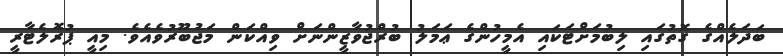
ބަދަލެއްގެ ގޮތުގައި ލިބުމަށްޓަކައި އެމީހުންގެ ޢަމަލު ބުރްޖުވާޒީންނަށް ވިއްކަން މަޖުބޫރުވެއެވެ. މިއީ ޕުރޮލެޓާރީ